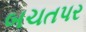
બચતપર